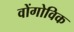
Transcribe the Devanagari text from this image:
वोंगोविक